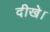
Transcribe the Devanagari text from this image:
दीखे।